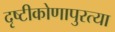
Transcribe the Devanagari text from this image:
दृष्टीकोणापुरत्या